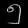
Digit: ၅